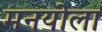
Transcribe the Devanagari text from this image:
मनयोला